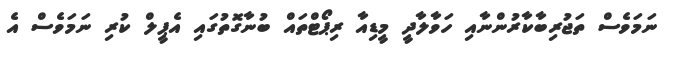
ނަމަވެސް ތަޖުރިބާކާރުންނާއި ހަވާލާދީ މީޑިއާ ރިޕޯޓްތައް ބުނާގޮތުގައި އެޕީލް ކުރި ނަމަވެސް އެ